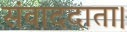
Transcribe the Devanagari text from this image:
संवाददाता।